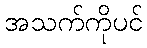
အသက်ကိုပင်